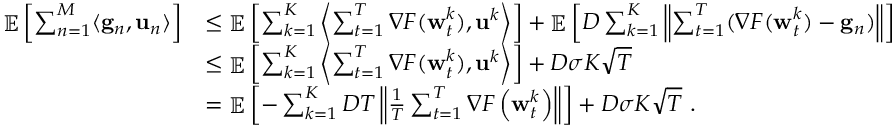
\begin{array} { r l } { \mathop { \mathbb { E } } \left[ \sum _ { n = 1 } ^ { M } \langle \mathbf { g } _ { n } , \mathbf { u } _ { n } \rangle \right] } & { \le \mathop { \mathbb { E } } \left[ \sum _ { k = 1 } ^ { K } \left\langle \sum _ { t = 1 } ^ { T } \nabla F ( { \mathbf w } _ { t } ^ { k } ) , \mathbf { u } ^ { k } \right\rangle \right] + \mathop { \mathbb { E } } \left[ D \sum _ { k = 1 } ^ { K } \left\| \sum _ { t = 1 } ^ { T } ( \nabla F ( { \mathbf w } _ { t } ^ { k } ) - \mathbf { g } _ { n } ) \right\| \right] } \\ & { \le \mathop { \mathbb { E } } \left[ \sum _ { k = 1 } ^ { K } \left\langle \sum _ { t = 1 } ^ { T } \nabla F ( { \mathbf w } _ { t } ^ { k } ) , \mathbf { u } ^ { k } \right\rangle \right] + D \sigma K \sqrt { T } } \\ & { = \mathop { \mathbb { E } } \left[ - \sum _ { k = 1 } ^ { K } D T \left\| \frac { 1 } { T } \sum _ { t = 1 } ^ { T } \nabla F \left( { \mathbf w } _ { t } ^ { k } \right) \right\| \right] + D \sigma K \sqrt { T } ~ . } \end{array}